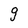
Character: g